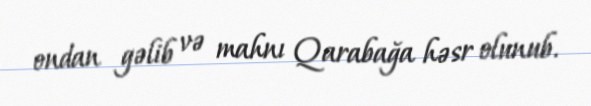
ondan gəlib və mahnı Qarabağa həsr olunub.